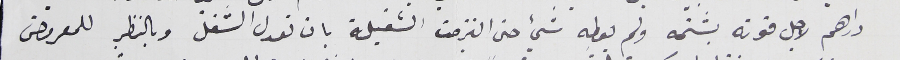
دراهم لاجل قوته يشتمه ولم يعطِه شيء حتى التزمت الشغيلة بان تعدل الشغل وبالنظر للمعروض